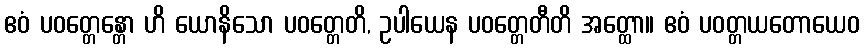
ဧဝံ ပဝတ္တေန္တော ဟိ ယောနိသော ပဝတ္တေတိ, ဥပါယေန ပဝတ္တေတီတိ အတ္ထော။ ဧဝံ ပဝတ္တယတောယေဝ